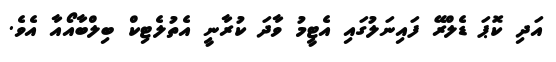
އަދި ކޮޕަ ޑެލްރޭ ފައިނަލުގައި އެޓީމު ވާދަ ކުރާނީ އެތުލެޓިކް ބިލްބާއޯއާ އެވެ.